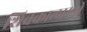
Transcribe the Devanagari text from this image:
शिवकालामधे